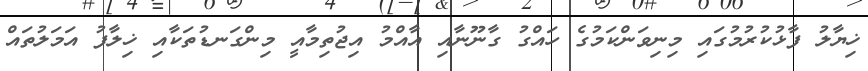
ޚިޔާލު ފާޅުކުރުމުގައި މިނިވަންކަމުގެ ހައްގު ގާނޫނާއި އާއްމު އިޖުތިމާއީ މިންގަނޑުތަކާއި ޚިލާފު އަމަލުތައް